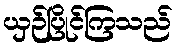
ယှဉ်ပြိုင်ကြသည်